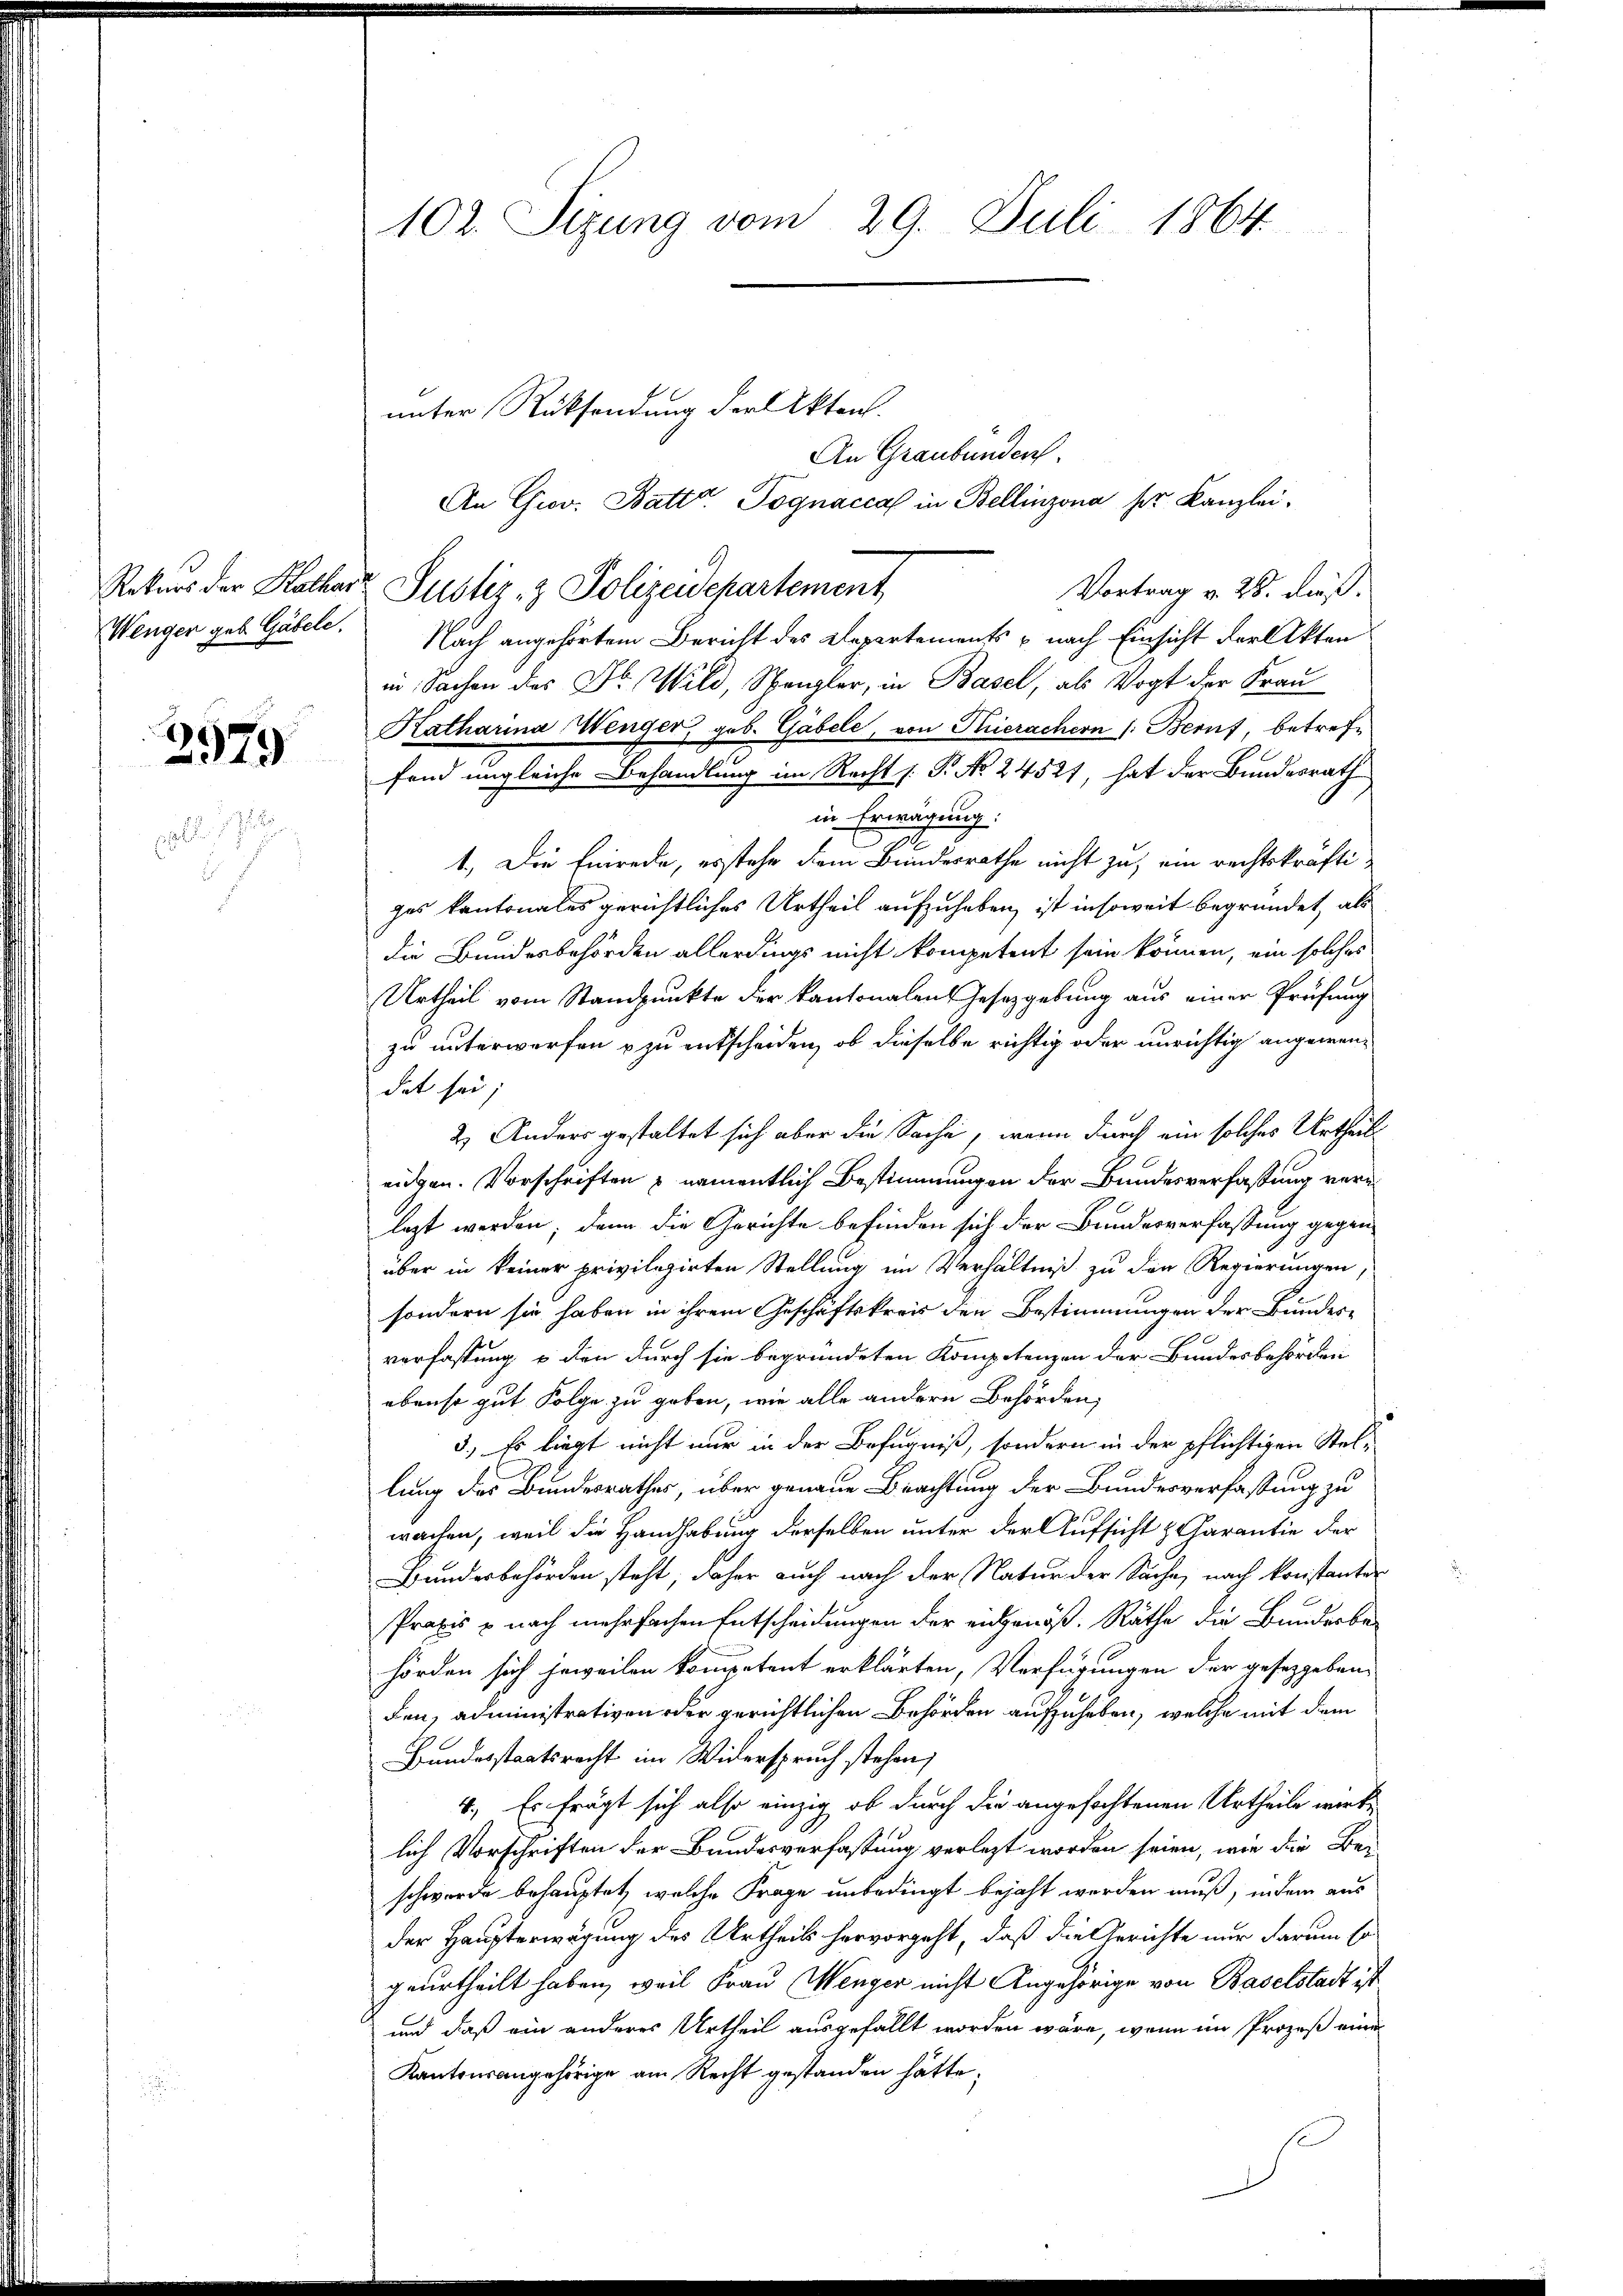
Wenger geb. Gäbele.

3979

7

102. Sitzung vom 29. Juli 1864

unter Rücksendung der Akten.
An Graubünden.
An Grov. Batt. Pognaccal in Bellinzona her Kanzlei.
Rekurs der Kathar Justiz- & Polizeidepartement
Vortrag v. 28. Fuß.
Nach angehörtem Bericht des Departements & nach Einsicht der Akten
in Sachen des Dr. Wild, Spengler, in Basel, als Vogt der Frau
Katharina Wenger, geb. Gabele, von Thierachern /: Beruf, betreffend ungleiche Behandlung im Recht /: P. No 24521, hat der Bundesrath
in Erwägung.
1. Die Einrede, es stehe dem Bundesrathe nicht zu, ein rechtskräftiges kantonales gerichtliches Urtheil aufzuheben, ist insoweit begründet, als
die Bundesbehörden allerdings nicht kompetent sein können, ein solches
Urtheil vom Standpunkte der kantonalen Gesetzgebung aus einer Prüfung
zu unterworfen & zu entscheiden, ob dieselbe richtig oder unrichtig angemendet sei;
2) Anders gestaltet sich aber die Sache, wenn durch ein solches Urtheil
eidgen. Vorschriften & namentlich Bestimmungen der Bundesverfassung verei
lezt werden; dann die Gerichte befinden sich der Bundesverfassung gegen-
über in keiner privilegirten Stellung im Verhältniß zu den Regierungen,
sondern sie haben in ihrem Geschäftskreis den Bestimmungen der Bundesverfassung u den durch sie begründeten Kompetenzen der Bundesbehörden
ebenso gut Folge zu geben, wie alle andern Behörden,
3.) Es liegt nicht nur in der Befugniß, sondern in der pflichtigen Stellung des Bundesrathes, über genaue Brachtung der Bundesverfassung zu
wachen, weil die Handhabung derselben unter der Aufsicht & Charantie der
Bundesbehörden steht, daher auch nach der Natur der Sache, nach konstanter
Praxis u nach mehrfachen Entscheidungen der engenöß. Räthe die Bunderbehörden sich jeweilen kompetent erklärten, Verfügungen der gesetzgeben
den, administrativen oder gerichtlichen Behörden aufzuheben, welche mit dem
Bundesstaatsrecht im Widerspruch stehen,
4.) Es frägt sich also einzig ob durch die angefochtenen Urtheile wirke
lich Vorschriften der Bundesverfassung verlegt worden seien, wie die Beschwerde behauptet, welche Frage unbedingt bejaht werden muß, indem aus
der Haupterwägung des Urtheils hervorgeht, daß die Gerichte nur darum so
geurtheilt haben, weil Frau Menger nicht Angehörige von Baselstadt ist
und daß ein anderes Urtheil ausgefällt worden wäre, wenn im Prozeß eine
Kantonsangehörige am Recht gestanden hätte.